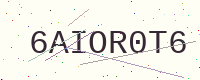
Text: 6AIOR0T6